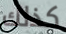
كذلك